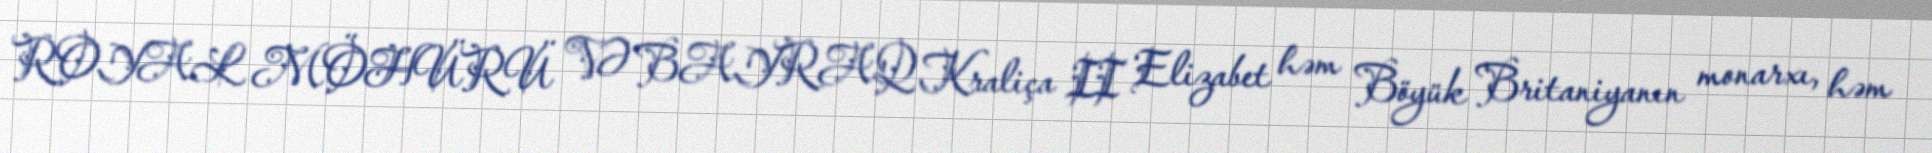
ROYAL MÖHÜRÜ VƏ BAYRAQ Kraliça II Elizabet həm Böyük Britaniyanın monarxı, həm